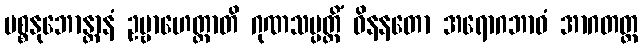
ပစ္စနုဘောန္တာနံ ဥဗ္ဗာဟေတ္ထာတိ ဂုဏသမ္ပတ္တိံ ဝိနနတော အရောဂဘာဝံ အာဂတတ္ထ